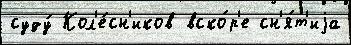
суду́ Кол'е́сн'иков вско́р'е сн'я́т'иjа